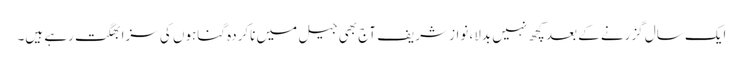
ایک سال گزرنے کے بعد کچھ نہیں بدلا، نواز شریف آج بھی جیل میں ناکردہ گناہوں کی سزا بھگت رہے ہیں۔